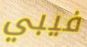
فيبي